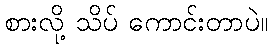
စားလို့ သိပ် ကောင်းတာပဲ။